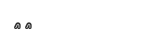
٦٣